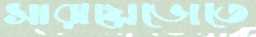
সারায়েভোতে